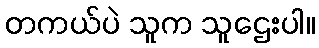
တကယ်ပဲ သူက သူဌေးပါ။